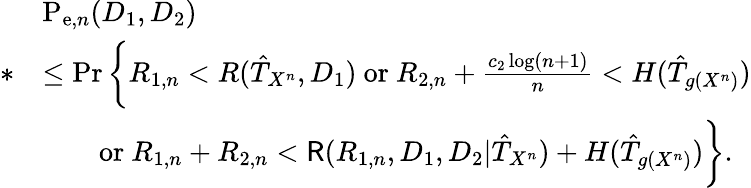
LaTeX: \begin{array}{rl}&{\mathrm{P}_{\mathrm{e},n}(D_{1},D_{2})}\\ {*}&{\leq\operatorname*{Pr}\bigg\{ R_{1,n}<R(\hat{T}_{X^{n}},D_{1})\mathrm{~or}~R_{2,n}+\frac{c_{2}\log(n+1)}{n}<H(\hat{T}_{g(X^{n})})}\\ &{\qquad\mathrm{or}~R_{1,n}+R_{2,n}<\mathsf{R}(R_{1,n},D_{1},D_{2}|\hat{T}_{X^{n}})+H(\hat{T}_{g(X^{n})})\bigg\} .}\end{array}